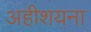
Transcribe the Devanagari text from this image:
अहीशयना